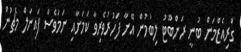
ގްރިއެޒްމަން ބުނީ ރަންބޫޓު ލިބުމުން އޭނާ ފަހުރުވެރިވާ ކަމަށާއި ނަމަވެސް ފައިނަލް މެޗުން